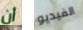
أن الفيديو